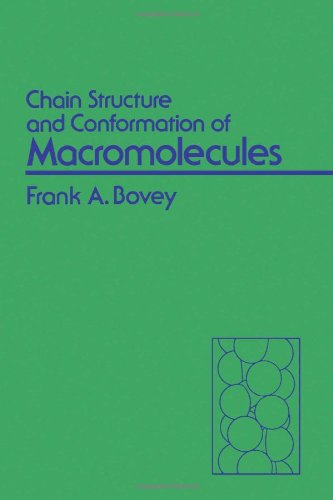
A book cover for Chain Structure and Conformation of MacRomolecules; Frank Alden Bovey; Science & Math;